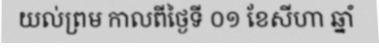
យល់ព្រម កាលពីថ្ងៃទី ០១ ខែសីហា ឆ្នាំ